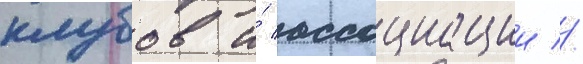
клубов и́ ассоциации //